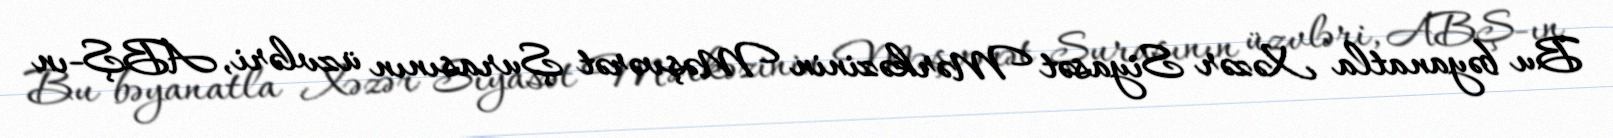
Bu bəyanatla Xəzər Siyasət Mərkəzinin Məşvərət Şurasının üzvləri, ABŞ-ın